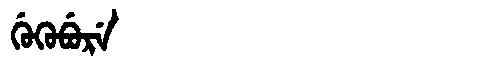
Manchu: ᡤᡠᡴᡠᠪᡠᡵᡝ
Romanization: GUKUBURE